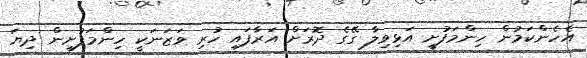
އެހެންކަމުން ހިންމަފުށީ އަޅިވިލާ ގޭގެ ދޮރަށް އަރާފައި ހުރި ވަޒަނަކީ ހިންމަފުށީން ދިޔަ